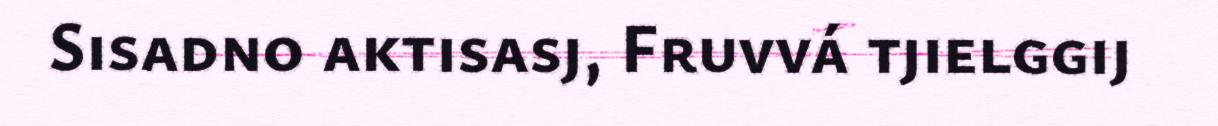
Sisadno aktisasj, Fruvvá tjielggij